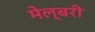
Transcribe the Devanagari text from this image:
मेल्बरी